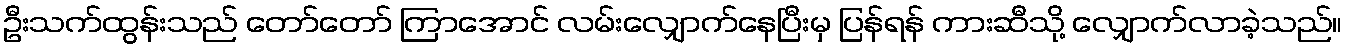
ဦးသက်ထွန်းသည် တော်တော် ကြာအောင် လမ်းလျှောက်နေပြီးမှ ပြန်ရန် ကားဆီသို့ လျှောက်လာခဲ့သည်။